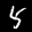
Label: 5